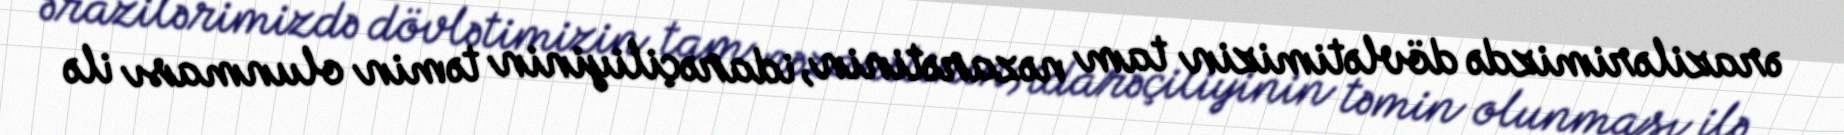
ərazilərimizdə dövlətimizin tam nəzarətinin, idarəçiliyinin təmin olunması ilə